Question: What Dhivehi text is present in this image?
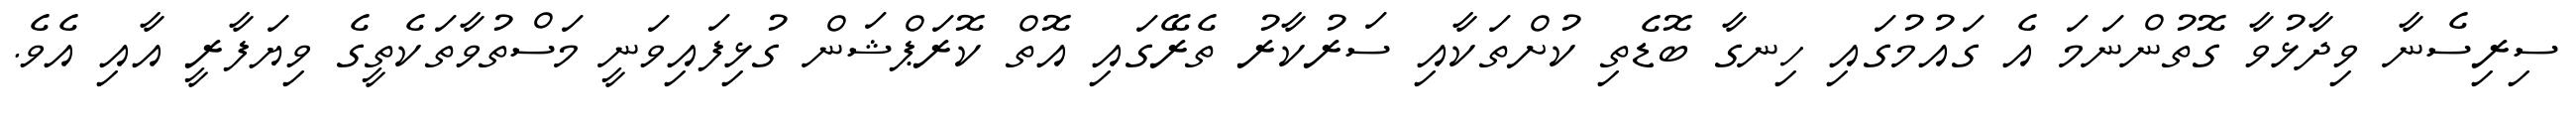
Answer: ސިރިސެނާ ވިދާޅުވާ ގޮތުންނަމަ އެ ގައުމުގައި ހިނގާ ބޮޑެތި ކުށްތަކާއި ސަރުކާރު ތެރޭގައި އޮތް ކޮރަޕްޝަން ގުޅިފައިވަނީ މަސްތުވާތަކެތީގެ ވިޔަފާރީ އާއި އެވެ.